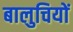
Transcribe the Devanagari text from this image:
बालुचियों